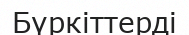
Бүркіттерді